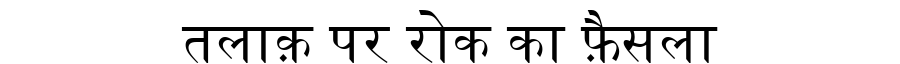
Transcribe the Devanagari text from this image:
तलाक़ पर रोक का फ़ैसला